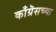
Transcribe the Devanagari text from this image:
काँग्रॆसच्या